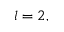
l = 2 ,